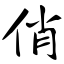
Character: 俏